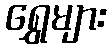
ရွှေများ